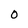
Character: 0